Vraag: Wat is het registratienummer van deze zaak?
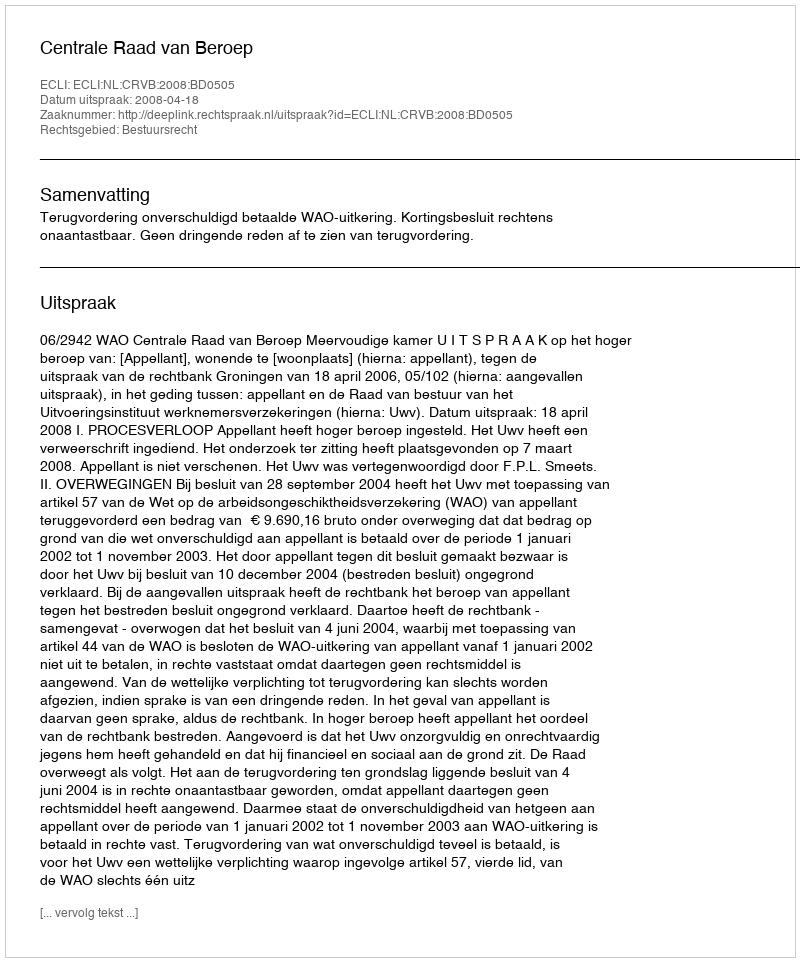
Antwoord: http://deeplink.rechtspraak.nl/uitspraak?id=ECLI:NL:CRVB:2008:BD0505